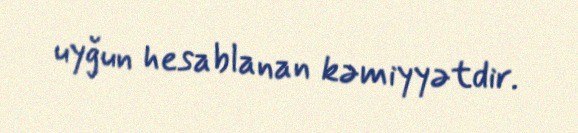
uyğun hesablanan kəmiyyətdir.